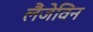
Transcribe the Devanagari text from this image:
लैंजेविन